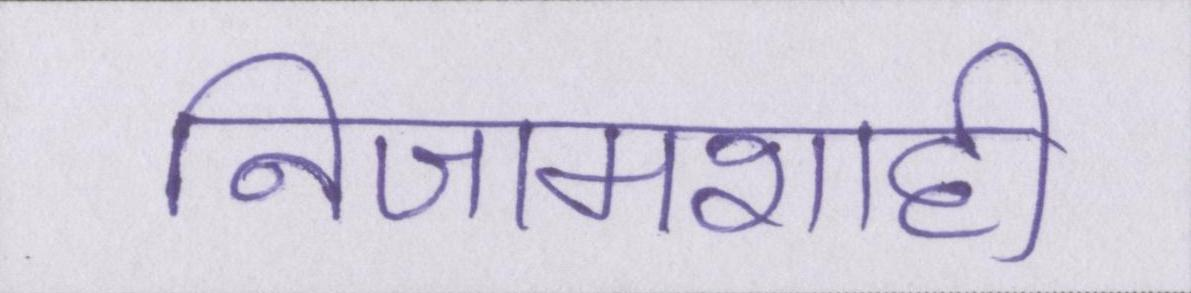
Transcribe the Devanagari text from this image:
निजामशाही